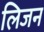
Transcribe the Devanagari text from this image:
लिजन